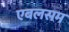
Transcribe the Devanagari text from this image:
एबलसम